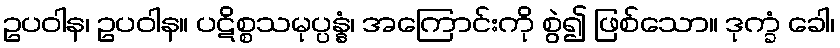
ဥပဝါန၊ ဥပဝါန။ ပဋိစ္စသမုပ္ပန္နံ၊ အကြောင်းကို စွဲ၍ ဖြစ်သော။ ဒုက္ခံ ခေါ၊